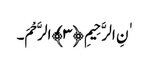
ٰنِ الرَّحِیمِ ﴿٣﴾الرَّحْمَ۔